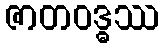
ဇာတဝဒ္ဓဿ